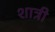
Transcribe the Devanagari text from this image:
शात्री